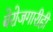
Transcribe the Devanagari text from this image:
बेरोजगारीही